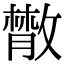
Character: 𢿱